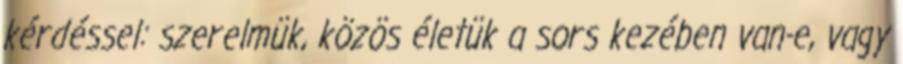
kérdéssel: szerelmük, közös életük a sors kezében van-e, vagy